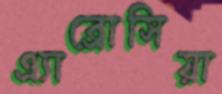
এ্যাব্রোসিয়া